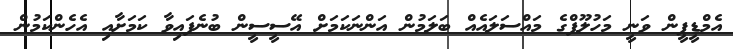
އެމްޑީޕީން ވަނީ މަހުލޫފްގެ މައްސަލައެއް ބަލަމުން އަންނަކަމަށް އޭސީސީން ބުނެފައިވާ ކަމަށާއި އެހެންކަމުން